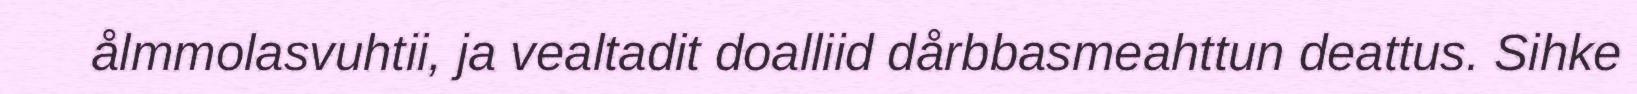
ålmmolasvuhtii, ja vealtadit doalliid dårbbasmeahttun deattus. Sihke